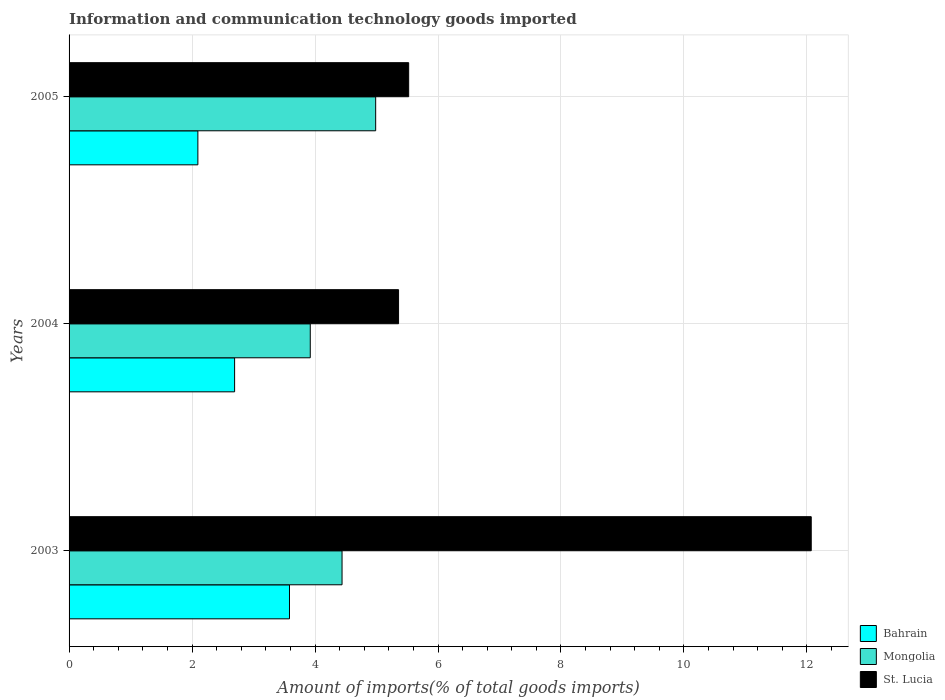
| Years | Bahrain | Mongolia | St. Lucia |
 | --- | --- | --- | --- |
 | 2003 | 3.58 | 4.44 | 12.1 |
 | 2004 | 2.69 | 3.92 | 5.36 |
 | 2005 | 2.09 | 4.99 | 5.52 |